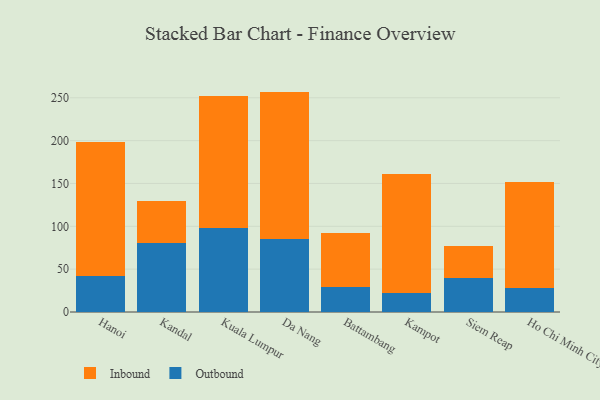
{"axis": {"x": "City", "y": "Revenue (USD Million)"}, "legend": ["Inbound", "Outbound"], "data": [{"x": "Hanoi", "y": 42.2, "type": "Outbound"}, {"x": "Hanoi", "y": 156.4, "type": "Inbound"}, {"x": "Kandal", "y": 80.6, "type": "Outbound"}, {"x": "Kandal", "y": 48.6, "type": "Inbound"}, {"x": "Kuala Lumpur", "y": 97.9, "type": "Outbound"}, {"x": "Kuala Lumpur", "y": 154.2, "type": "Inbound"}, {"x": "Da Nang", "y": 85.0, "type": "Outbound"}, {"x": "Da Nang", "y": 172.2, "type": "Inbound"}, {"x": "Battambang", "y": 28.9, "type": "Outbound"}, {"x": "Battambang", "y": 63.3, "type": "Inbound"}, {"x": "Kampot", "y": 21.7, "type": "Outbound"}, {"x": "Kampot", "y": 139.9, "type": "Inbound"}, {"x": "Siem Reap", "y": 39.8, "type": "Outbound"}, {"x": "Siem Reap", "y": 37.0, "type": "Inbound"}, {"x": "Ho Chi Minh City", "y": 27.9, "type": "Outbound"}, {"x": "Ho Chi Minh City", "y": 123.8, "type": "Inbound"}]}